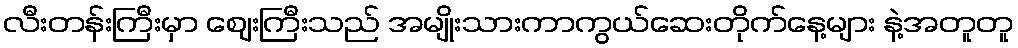
လီးတန်းကြီးမှာ ဈေးကြီးသည် အမျိုးသားကာကွယ်ဆေးတိုက်နေ့များ နဲ့အတူတူ